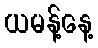
ယမန့်နေ့